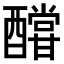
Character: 𨣛